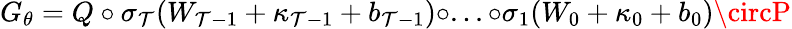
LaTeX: G_{\theta}=Q\circ\sigma_{\mathcal{T}}(W_{\mathcal{T}-1}+\kappa_{\mathcal{T}-1}+\textit{{b}}_{\mathcal{T}-1})\circ...\circ\sigma_{1}(W_{0}+\mathbf{{\kappa}}_{0}+\textit{{b}}_{0})\circP